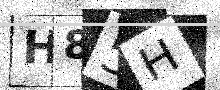
Text: H85H